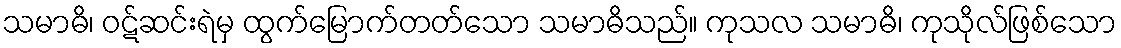
သမာဓိ၊ ဝဋ်ဆင်းရဲမှ ထွက်မြောက်တတ်သော သမာဓိသည်။ ကုသလ သမာဓိ၊ ကုသိုလ်ဖြစ်သော